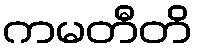
ကမတီတိ